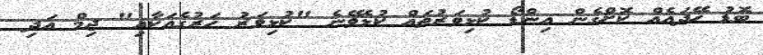
ބޮޑު ހޭދައެއް ކޮށްގެން އިންޑޯ ކުޅިވަރުތައް ކުޅެވޭނެ "ކުޅިވަރު ހަރުގެއަކާއި" ޖިމް އަދި